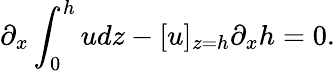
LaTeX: \partial_{x}\int_{0}^{h}udz-[u]_{z=h}\partial_{x}h=0.